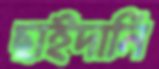
ছাইদানি